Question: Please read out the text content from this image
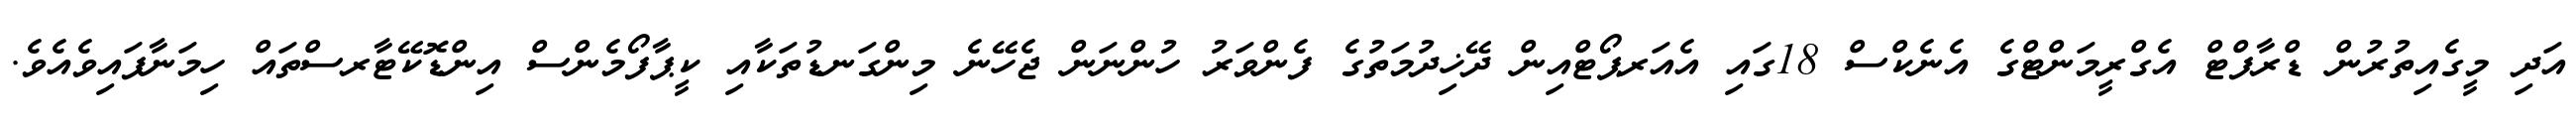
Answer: އަދި މީގެއިތުރުން ޑްރާފްޓް އެގްރީމަންޓްގެ އެނެކްސް 18ގައި އެއަރޕޯޓްއިން ދޭޚިދުމަތުގެ ފެންވަރު ހުންނަން ޖެހޭނެ މިންގަނޑުތަކާއި ކީޕާފޯމެންސް އިންޑޮކޭޓާރސްތައް ހިމަނާފައިވެއެވެ.